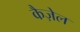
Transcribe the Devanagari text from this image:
कैज़ेल